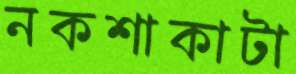
নকশাকাটা